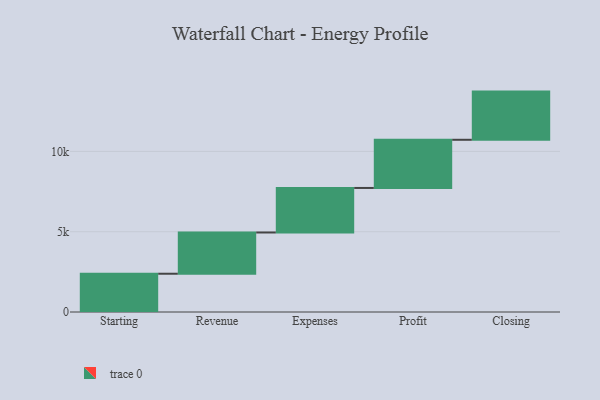
{"axis": {"x": "Step", "y": "Value"}, "legend": [""], "data": [{"x": "Starting", "y": 2383.0, "type": ""}, {"x": "Revenue", "y": 2568.0, "type": ""}, {"x": "Expenses", "y": 2773.0, "type": ""}, {"x": "Profit", "y": 3000, "type": ""}, {"x": "Closing", "y": 3000, "type": ""}]}